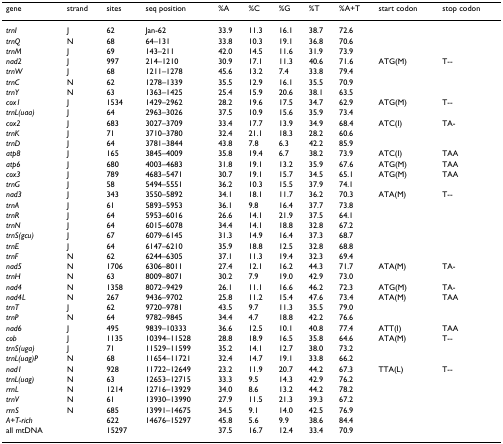
<table><thead><tr><td><b>gene</b></td><td><b>strand</b></td><td><b>sites</b></td><td><b>seq position</b></td><td><b>%A</b></td><td><b>%C</b></td><td><b>%G</b></td><td><b>%T</b></td><td><b>%A+T</b></td><td><b>start codon</b></td><td><b>stop codon</b></td></tr></thead><tbody><tr><td><i>trnI</i></td><td>J</td><td>62</td><td>Jan-62</td><td>33.9</td><td>11.3</td><td>16.1</td><td>38.7</td><td>72.6</td><td></td><td></td></tr><tr><td><i>trnQ</i></td><td>N</td><td>68</td><td>64–131</td><td>33.8</td><td>10.3</td><td>19.1</td><td>36.8</td><td>70.6</td><td></td><td></td></tr><tr><td><i>trnM</i></td><td>J</td><td>69</td><td>143–211</td><td>42.0</td><td>14.5</td><td>11.6</td><td>31.9</td><td>73.9</td><td></td><td></td></tr><tr><td><i>nad2</i></td><td>J</td><td>997</td><td>214–1210</td><td>30.9</td><td>17.1</td><td>11.3</td><td>40.6</td><td>71.6</td><td>ATG(M)</td><td>T--</td></tr><tr><td><i>trnW</i></td><td>J</td><td>68</td><td>1211–1278</td><td>45.6</td><td>13.2</td><td>7.4</td><td>33.8</td><td>79.4</td><td></td><td></td></tr><tr><td><i>trnC</i></td><td>N</td><td>62</td><td>1278–1339</td><td>35.5</td><td>12.9</td><td>16.1</td><td>35.5</td><td>70.9</td><td></td><td></td></tr><tr><td><i>trnY</i></td><td>N</td><td>63</td><td>1363–1425</td><td>25.4</td><td>15.9</td><td>20.6</td><td>38.1</td><td>63.5</td><td></td><td></td></tr><tr><td><i>cox1</i></td><td>J</td><td>1534</td><td>1429–2962</td><td>28.2</td><td>19.6</td><td>17.5</td><td>34.7</td><td>62.9</td><td>ATG(M)</td><td>T--</td></tr><tr><td><i>trnL(uaa)</i></td><td>J</td><td>64</td><td>2963–3026</td><td>37.5</td><td>10.9</td><td>15.6</td><td>35.9</td><td>73.4</td><td></td><td></td></tr><tr><td><i>cox2</i></td><td>J</td><td>683</td><td>3027–3709</td><td>33.4</td><td>17.7</td><td>13.9</td><td>34.9</td><td>68.4</td><td>ATC(I)</td><td>TA-</td></tr><tr><td><i>trnK</i></td><td>J</td><td>71</td><td>3710–3780</td><td>32.4</td><td>21.1</td><td>18.3</td><td>28.2</td><td>60.6</td><td></td><td></td></tr><tr><td><i>trnD</i></td><td>J</td><td>64</td><td>3781–3844</td><td>43.8</td><td>7.8</td><td>6.3</td><td>42.2</td><td>85.9</td><td></td><td></td></tr><tr><td><i>atp8</i></td><td>J</td><td>165</td><td>3845–4009</td><td>35.8</td><td>19.4</td><td>6.7</td><td>38.2</td><td>73.9</td><td>ATC(I)</td><td>TAA</td></tr><tr><td><i>atp6</i></td><td>J</td><td>680</td><td>4003–4683</td><td>31.8</td><td>19.1</td><td>13.2</td><td>35.9</td><td>67.6</td><td>ATG(M)</td><td>TAA</td></tr><tr><td><i>cox3</i></td><td>J</td><td>789</td><td>4683–5471</td><td>30.7</td><td>19.1</td><td>15.7</td><td>34.5</td><td>65.1</td><td>ATG(M)</td><td>TAA</td></tr><tr><td><i>trnG</i></td><td>J</td><td>58</td><td>5494–5551</td><td>36.2</td><td>10.3</td><td>15.5</td><td>37.9</td><td>74.1</td><td></td><td></td></tr><tr><td><i>nad3</i></td><td>J</td><td>343</td><td>3550–5892</td><td>34.1</td><td>18.1</td><td>11.7</td><td>36.2</td><td>70.3</td><td>ATA(M)</td><td>T--</td></tr><tr><td><i>trnA</i></td><td>J</td><td>61</td><td>5893–5953</td><td>36.1</td><td>9.8</td><td>16.4</td><td>37.7</td><td>73.8</td><td></td><td></td></tr><tr><td><i>trnR</i></td><td>J</td><td>64</td><td>5953–6016</td><td>26.6</td><td>14.1</td><td>21.9</td><td>37.5</td><td>64.1</td><td></td><td></td></tr><tr><td><i>trnN</i></td><td>J</td><td>64</td><td>6015–6078</td><td>34.4</td><td>14.1</td><td>18.8</td><td>32.8</td><td>67.2</td><td></td><td></td></tr><tr><td><i>trnS(gcu)</i></td><td>J</td><td>67</td><td>6079–6145</td><td>31.3</td><td>14.9</td><td>16.4</td><td>37.3</td><td>68.7</td><td></td><td></td></tr><tr><td><i>trnE</i></td><td>J</td><td>64</td><td>6147–6210</td><td>35.9</td><td>18.8</td><td>12.5</td><td>32.8</td><td>68.8</td><td></td><td></td></tr><tr><td><i>trnF</i></td><td>N</td><td>62</td><td>6244–6305</td><td>37.1</td><td>11.3</td><td>19.4</td><td>32.3</td><td>69.4</td><td></td><td></td></tr><tr><td><i>nad5</i></td><td>N</td><td>1706</td><td>6306–8011</td><td>27.4</td><td>12.1</td><td>16.2</td><td>44.3</td><td>71.7</td><td>ATA(M)</td><td>TA-</td></tr><tr><td><i>trnH</i></td><td>N</td><td>63</td><td>8009–8071</td><td>30.2</td><td>7.9</td><td>19.0</td><td>42.9</td><td>73.0</td><td></td><td></td></tr><tr><td><i>nad4</i></td><td>N</td><td>1358</td><td>8072–9429</td><td>26.1</td><td>11.1</td><td>16.6</td><td>46.2</td><td>72.3</td><td>ATG(M)</td><td>TA-</td></tr><tr><td><i>nad4L</i></td><td>N</td><td>267</td><td>9436–9702</td><td>25.8</td><td>11.2</td><td>15.4</td><td>47.6</td><td>73.4</td><td>ATA(M)</td><td>TAA</td></tr><tr><td><i>trnT</i></td><td>J</td><td>62</td><td>9720–9781</td><td>43.5</td><td>9.7</td><td>11.3</td><td>35.5</td><td>79.0</td><td></td><td></td></tr><tr><td><i>trnP</i></td><td>N</td><td>64</td><td>9782–9845</td><td>34.4</td><td>4.7</td><td>18.8</td><td>42.2</td><td>76.6</td><td></td><td></td></tr><tr><td><i>nad6</i></td><td>J</td><td>495</td><td>9839–10333</td><td>36.6</td><td>12.5</td><td>10.1</td><td>40.8</td><td>77.4</td><td>ATT(I)</td><td>TAA</td></tr><tr><td><i>cob</i></td><td>J</td><td>1135</td><td>10394–11528</td><td>28.8</td><td>18.9</td><td>16.5</td><td>35.8</td><td>64.6</td><td>ATA(M)</td><td>T--</td></tr><tr><td><i>trnS(uga)</i></td><td>J</td><td>71</td><td>11529–11599</td><td>35.2</td><td>14.1</td><td>12.7</td><td>38.0</td><td>73.2</td><td></td><td></td></tr><tr><td><i>trnL(uag)P</i></td><td>N</td><td>68</td><td>11654–11721</td><td>32.4</td><td>14.7</td><td>19.1</td><td>33.8</td><td>66.2</td><td></td><td></td></tr><tr><td><i>nad1</i></td><td>N</td><td>928</td><td>11722–12649</td><td>23.2</td><td>11.9</td><td>20.7</td><td>44.2</td><td>67.3</td><td>TTA(L)</td><td>T--</td></tr><tr><td><i>trnL(uag)</i></td><td>N</td><td>63</td><td>12653–12715</td><td>33.3</td><td>9.5</td><td>14.3</td><td>42.9</td><td>76.2</td><td></td><td></td></tr><tr><td><i>rrnL</i></td><td>N</td><td>1214</td><td>12716–13929</td><td>34.0</td><td>8.6</td><td>13.2</td><td>44.2</td><td>78.2</td><td></td><td></td></tr><tr><td><i>trnV</i></td><td>N</td><td>61</td><td>13930–13990</td><td>27.9</td><td>11.5</td><td>21.3</td><td>39.3</td><td>67.2</td><td></td><td></td></tr><tr><td><i>rrnS</i></td><td>N</td><td>685</td><td>13991–14675</td><td>34.5</td><td>9.1</td><td>14.0</td><td>42.5</td><td>76.9</td><td></td><td></td></tr><tr><td><i>A+T-rich</i></td><td></td><td>622</td><td>14676–15297</td><td>45.8</td><td>5.6</td><td>9.9</td><td>38.6</td><td>84.4</td><td></td><td></td></tr><tr><td>all mtDNA</td><td></td><td>15297</td><td></td><td>37.5</td><td>16.7</td><td>12.4</td><td>33.4</td><td>70.9</td><td></td><td></td></tr></tbody></table>